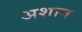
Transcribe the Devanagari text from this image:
अशान